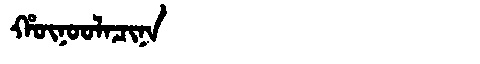
Manchu: ᡥᡡᠨᠣᠣᠯᠠᠴᡳᠨᠠ
Romanization: HŪNOOLACINA